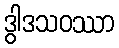
ဒွါဒသဝဿာ